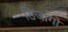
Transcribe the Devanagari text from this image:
डिजांगो